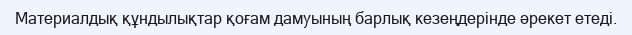
Материалдық құндылықтар қоғам дамуының барлық кезеңдерінде әрекет етеді.